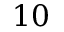
1 0